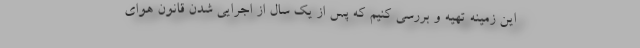
این زمینه تهیه و بررسی کنیم که پس از یک سال از اجرایی شدن قانون هوای